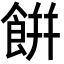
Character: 餠